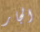
الجار